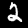
Digit: 2